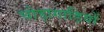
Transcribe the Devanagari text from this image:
घोड़ागाड़ियों